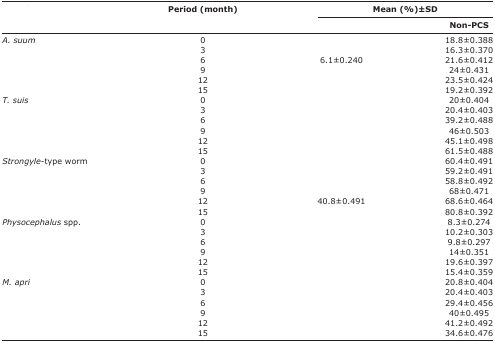
<table><thead><tr><td rowspan="3">[EMPTY_CELL]</td><td rowspan="3"><b>Period (month)</b></td><td colspan="2"><b>Mean (%)±SD</b></td></tr><tr><td>[EMPTY_CELL]</td><td><b>NonPCS</b></td></tr></thead><tbody><tr><td><i>A. suum</i></td><td>0</td><td>[EMPTY_CELL]</td><td>18.8±0.388</td></tr><tr><td>[EMPTY_CELL]</td><td>3</td><td>[EMPTY_CELL]</td><td>16.3±0.370</td></tr><tr><td>[EMPTY_CELL]</td><td>6</td><td>6.1±0.240</td><td>21.6±0.412</td></tr><tr><td>[EMPTY_CELL]</td><td>9</td><td>[EMPTY_CELL]</td><td>24±0.431</td></tr><tr><td>[EMPTY_CELL]</td><td>12</td><td>[EMPTY_CELL]</td><td>23.5±0.424</td></tr><tr><td>[EMPTY_CELL]</td><td>15</td><td>[EMPTY_CELL]</td><td>19.2±0.392</td></tr><tr><td><i>T. suis</i></td><td>0</td><td>[EMPTY_CELL]</td><td>20±0.404</td></tr><tr><td>[EMPTY_CELL]</td><td>3</td><td>[EMPTY_CELL]</td><td>20.4±0.403</td></tr><tr><td>[EMPTY_CELL]</td><td>6</td><td>[EMPTY_CELL]</td><td>39.2±0.488</td></tr><tr><td>[EMPTY_CELL]</td><td>9</td><td>[EMPTY_CELL]</td><td>46±0.503</td></tr><tr><td>[EMPTY_CELL]</td><td>12</td><td>[EMPTY_CELL]</td><td>45.1±0.498</td></tr><tr><td>[EMPTY_CELL]</td><td>15</td><td>[EMPTY_CELL]</td><td>61.5±0.488</td></tr><tr><td><i>Strongyle</i> type worm</td><td>0</td><td>[EMPTY_CELL]</td><td>60.4±0.491</td></tr><tr><td>[EMPTY_CELL]</td><td>3</td><td>[EMPTY_CELL]</td><td>59.2±0.491</td></tr><tr><td>[EMPTY_CELL]</td><td>6</td><td>[EMPTY_CELL]</td><td>58.8±0.492</td></tr><tr><td>[EMPTY_CELL]</td><td>9</td><td>[EMPTY_CELL]</td><td>68±0.471</td></tr><tr><td>[EMPTY_CELL]</td><td>12</td><td>40.8±0.491</td><td>68.6±0.464</td></tr><tr><td>[EMPTY_CELL]</td><td>15</td><td>[EMPTY_CELL]</td><td>80.8±0.392</td></tr><tr><td><i>Physocephalus</i> spp.</td><td>0</td><td>[EMPTY_CELL]</td><td>8.3±0.274</td></tr><tr><td>[EMPTY_CELL]</td><td>3</td><td>[EMPTY_CELL]</td><td>10.2±0.303</td></tr><tr><td>[EMPTY_CELL]</td><td>6</td><td>[EMPTY_CELL]</td><td>9.8±0.297</td></tr><tr><td>[EMPTY_CELL]</td><td>9</td><td>[EMPTY_CELL]</td><td>14±0.351</td></tr><tr><td>[EMPTY_CELL]</td><td>12</td><td>[EMPTY_CELL]</td><td>19.6±0.397</td></tr><tr><td>[EMPTY_CELL]</td><td>15</td><td>[EMPTY_CELL]</td><td>15.4±0.359</td></tr><tr><td><i>M. apri</i></td><td>0</td><td>[EMPTY_CELL]</td><td>20.8±0.404</td></tr><tr><td>[EMPTY_CELL]</td><td>3</td><td>[EMPTY_CELL]</td><td>20.4±0.403</td></tr><tr><td>[EMPTY_CELL]</td><td>6</td><td>[EMPTY_CELL]</td><td>29.4±0.456</td></tr><tr><td>[EMPTY_CELL]</td><td>9</td><td>[EMPTY_CELL]</td><td>40±0.495</td></tr><tr><td>[EMPTY_CELL]</td><td>12</td><td>[EMPTY_CELL]</td><td>41.2±0.492</td></tr><tr><td>[EMPTY_CELL]</td><td>15</td><td>[EMPTY_CELL]</td><td>34.6±0.476</td></tr></tbody></table>